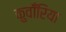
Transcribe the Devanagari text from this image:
कुवाँरिया